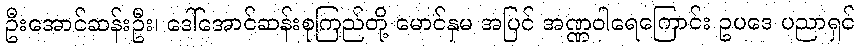
ဦးအောင်ဆန်းဦး၊ ဒေါ်အောင်ဆန်းစုကြည်တို့ မောင်နှမ အပြင် အဏ္ဏဝါရေကြောင်း ဥပဒေ ပညာရှင်